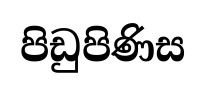
පිඩුපිණිස